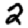
Digit: 2